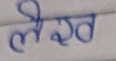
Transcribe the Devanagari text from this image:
लेख